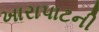
ખારાપાટની